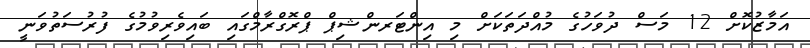
އަމާޒުކޮށް 12 މަސް ދުވަހުގެ މުއްދަތަކަށް މި އިންޓަރންޝިޕް ޕްރޮގްރާމްގައި ބައިވެރިވުމުގެ ފުރުސަތުވަނީ